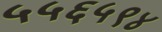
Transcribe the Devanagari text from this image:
५५६५९४